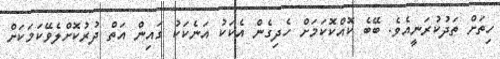
ހިތަށް ތަދުކުރަނީއެވެ. ބޭބެ ކޮއްކޮކަމަށް ހެދިގެން އެކަކު އަނެކަކު ގައިން އަތް ދުރުކޮށްލެވޭކަމަކަށް